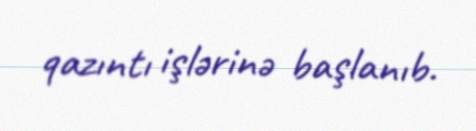
qazıntı işlərinə başlanıb.